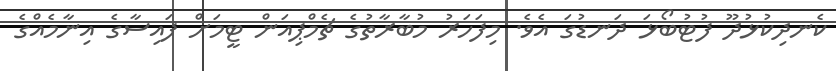
ކެނދިކުޅުދޫ ފުޓުބޯޅަ ދަނޑުގަ އެވެ. މިފަހަރު މުބާރާތުގެ ޗެމްޕިއަން ޓީމަށް ފައިސާގެ އިނާމެއްގެ